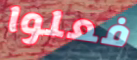
فعلوا